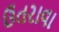
ઉતરાવા